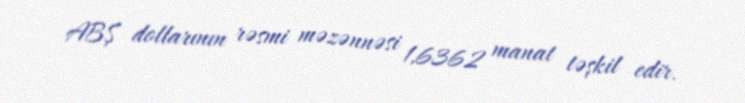
ABŞ dollarının rəsmi məzənnəsi 1,6362 manat təşkil edir.